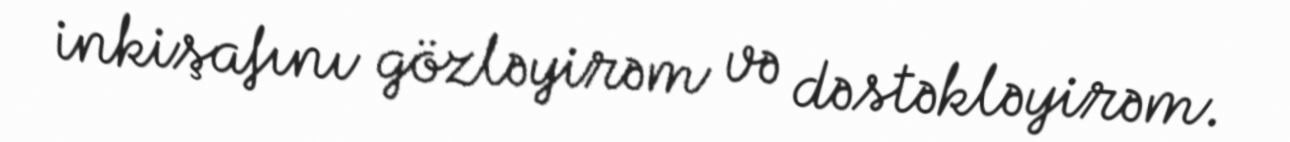
inkişafını gözləyirəm və dəstəkləyirəm.